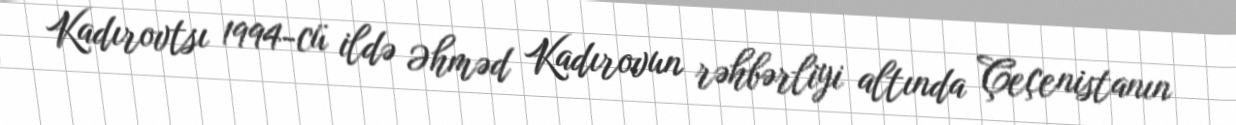
Kadırovtsı 1994-cü ildə Əhməd Kadırovun rəhbərliyi altında Çeçenistanın